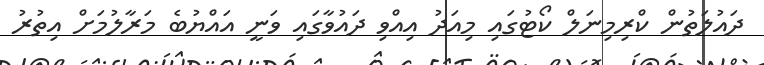
ދައުލަތުން ކްރިމިނަލް ކޯޓުގައި މިއަދު އިއްވި ދައުވާގައި ވަނީ އައްޔުބެ މަރާލުމަށް އިތުރު